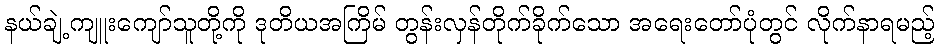
နယ်ချဲ့ကျူးကျော်သူတို့ကို ဒုတိယအကြိမ် တွန်းလှန်တိုက်ခိုက်သော အရေးတော်ပုံတွင် လိုက်နာရမည့်